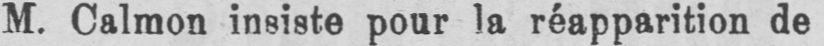
M. Calmon insiste pour la réapparition de